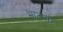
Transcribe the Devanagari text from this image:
भाटपार